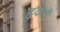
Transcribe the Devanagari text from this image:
हुकों